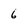
Character: 6